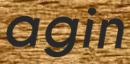
agin